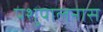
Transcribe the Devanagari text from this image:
पशुपालनास